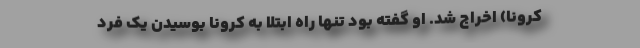
کرونا) اخراج شد. او گفته بود تنها راه ابتلا به کرونا بوسیدن یک فرد